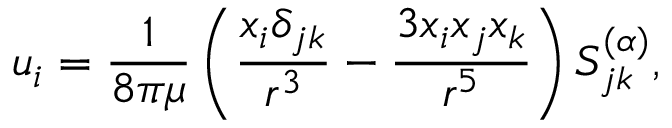
u _ { i } = \frac { 1 } { 8 \pi \mu } \left( \frac { x _ { i } \delta _ { j k } } { r ^ { 3 } } - \frac { 3 x _ { i } x _ { j } x _ { k } } { r ^ { 5 } } \right) S _ { j k } ^ { ( \alpha ) } ,